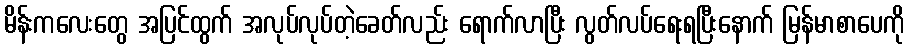
မိန်းကလေးတွေ အပြင်ထွက် အလုပ်လုပ်တဲ့ခေတ်လည်း ရောက်လာပြီး လွတ်လပ်ရေးရပြီးနောက် မြန်မာစာပေကို